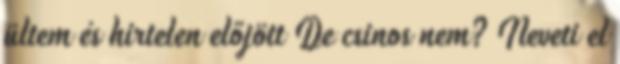
ültem és hirtelen előjött De csinos nem? Neveti el